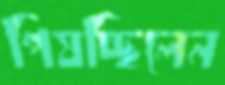
পিষচ্ছিলেন